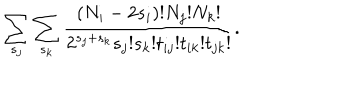
\sum _ { s _ { j } } \sum _ { s _ { k } } \frac { ( N _ { i } - 2 s _ { i } ) ! N _ { j } ! N _ { k } ! } { 2 ^ { s _ { j } + s _ { k } } s _ { j } ! s _ { k } ! t _ { i j } ! t _ { i k } ! t _ { j k } ! } .